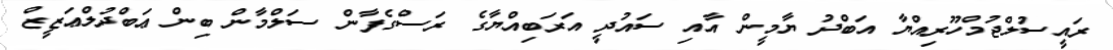
ރައީސުލްޖުމްހޫރިއްޔާ އަބްދު ޔާމީން އާއި ސައުދީ އަރަބިއްޔާގެ ރަސްގެފާން ސަލްމާން ބިން ޢަބްދުލްޢަޒީޒް